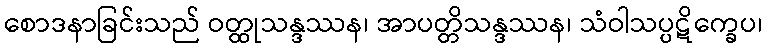
စောဒနာခြင်းသည် ဝတ္ထုသန္ဒဿန၊ အာပတ္တိသန္ဒဿန၊ သံဝါသပ္ပဋိက္ခေပ၊